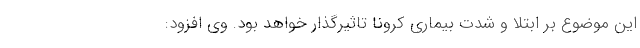
این موضوع بر ابتلا و شدت بیماری کرونا تاثیرگذار خواهد بود. وی افزود: